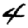
Digit: 4